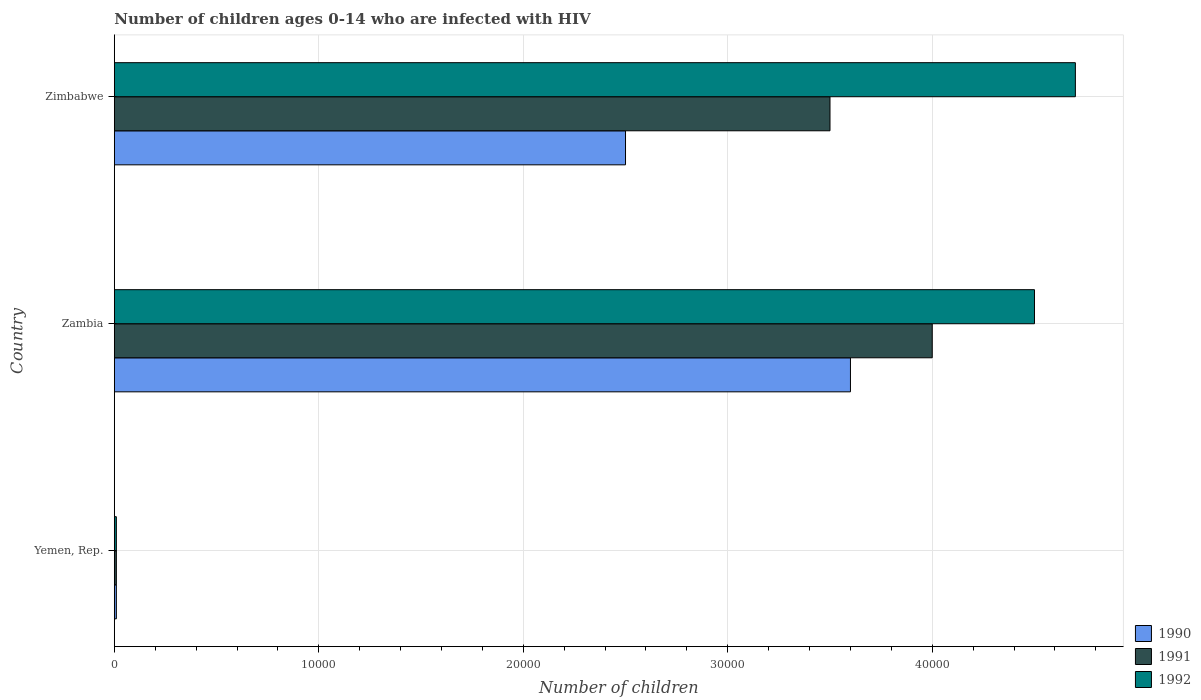
| Country | 1990 | 1991 | 1992 |
 | --- | --- | --- | --- |
 | Yemen, Rep. | 100 | 100 | 100 |
 | Zambia | 3.6e+04 | 4e+04 | 4.5e+04 |
 | Zimbabwe | 2.5e+04 | 3.5e+04 | 4.7e+04 |